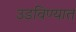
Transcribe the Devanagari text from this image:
उडविण्यात